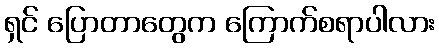
ရှင် ပြောတာတွေက ကြောက်စရာပါလား